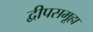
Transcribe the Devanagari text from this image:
द्वीपसमूहा